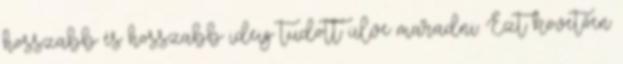
hosszabb és hosszabb ideig tudott ülve maradni. Ezt követően